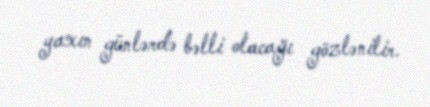
yaxın günlərdə bəlli olacağı gözlənilir.